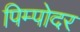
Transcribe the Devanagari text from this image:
पिम्पोदर